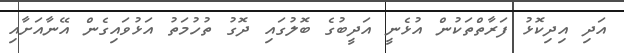
އަދި އިދިކޮޅު ފަރާތްތަކުން އުޅެނީ އަދީބުގެ ބޮލުގައި ދޮގު ތުހުމަތު އަޅުވައިގެން އޭނާއަށާއި